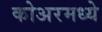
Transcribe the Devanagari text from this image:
कोअरमध्ये